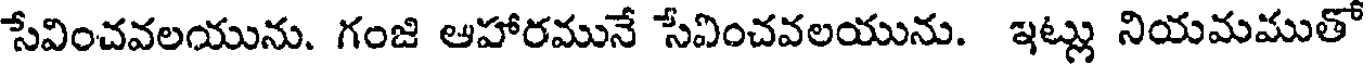
సేవించవలయును. గంజి ఆహారమునే సేవించవలయును. ఇట్లు నియమముతో